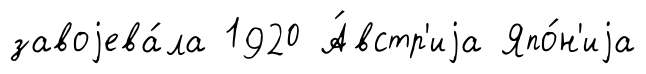
завоjева́ла 1920 А́встр'иjа Япо́н'иjа